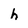
Character: h